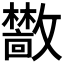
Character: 𫿣